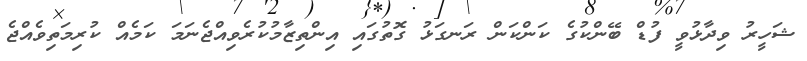
ޝަހީރު ވިދާޅުވީ ފުޑް ބޭންކުގެ ކަންކަން ރަނގަޅު ގޮތުގައި އިންތިޒާމުކުރެވިއްޖެނަމަ ކަމެއް ކުރިމަތިވެއްޖެ